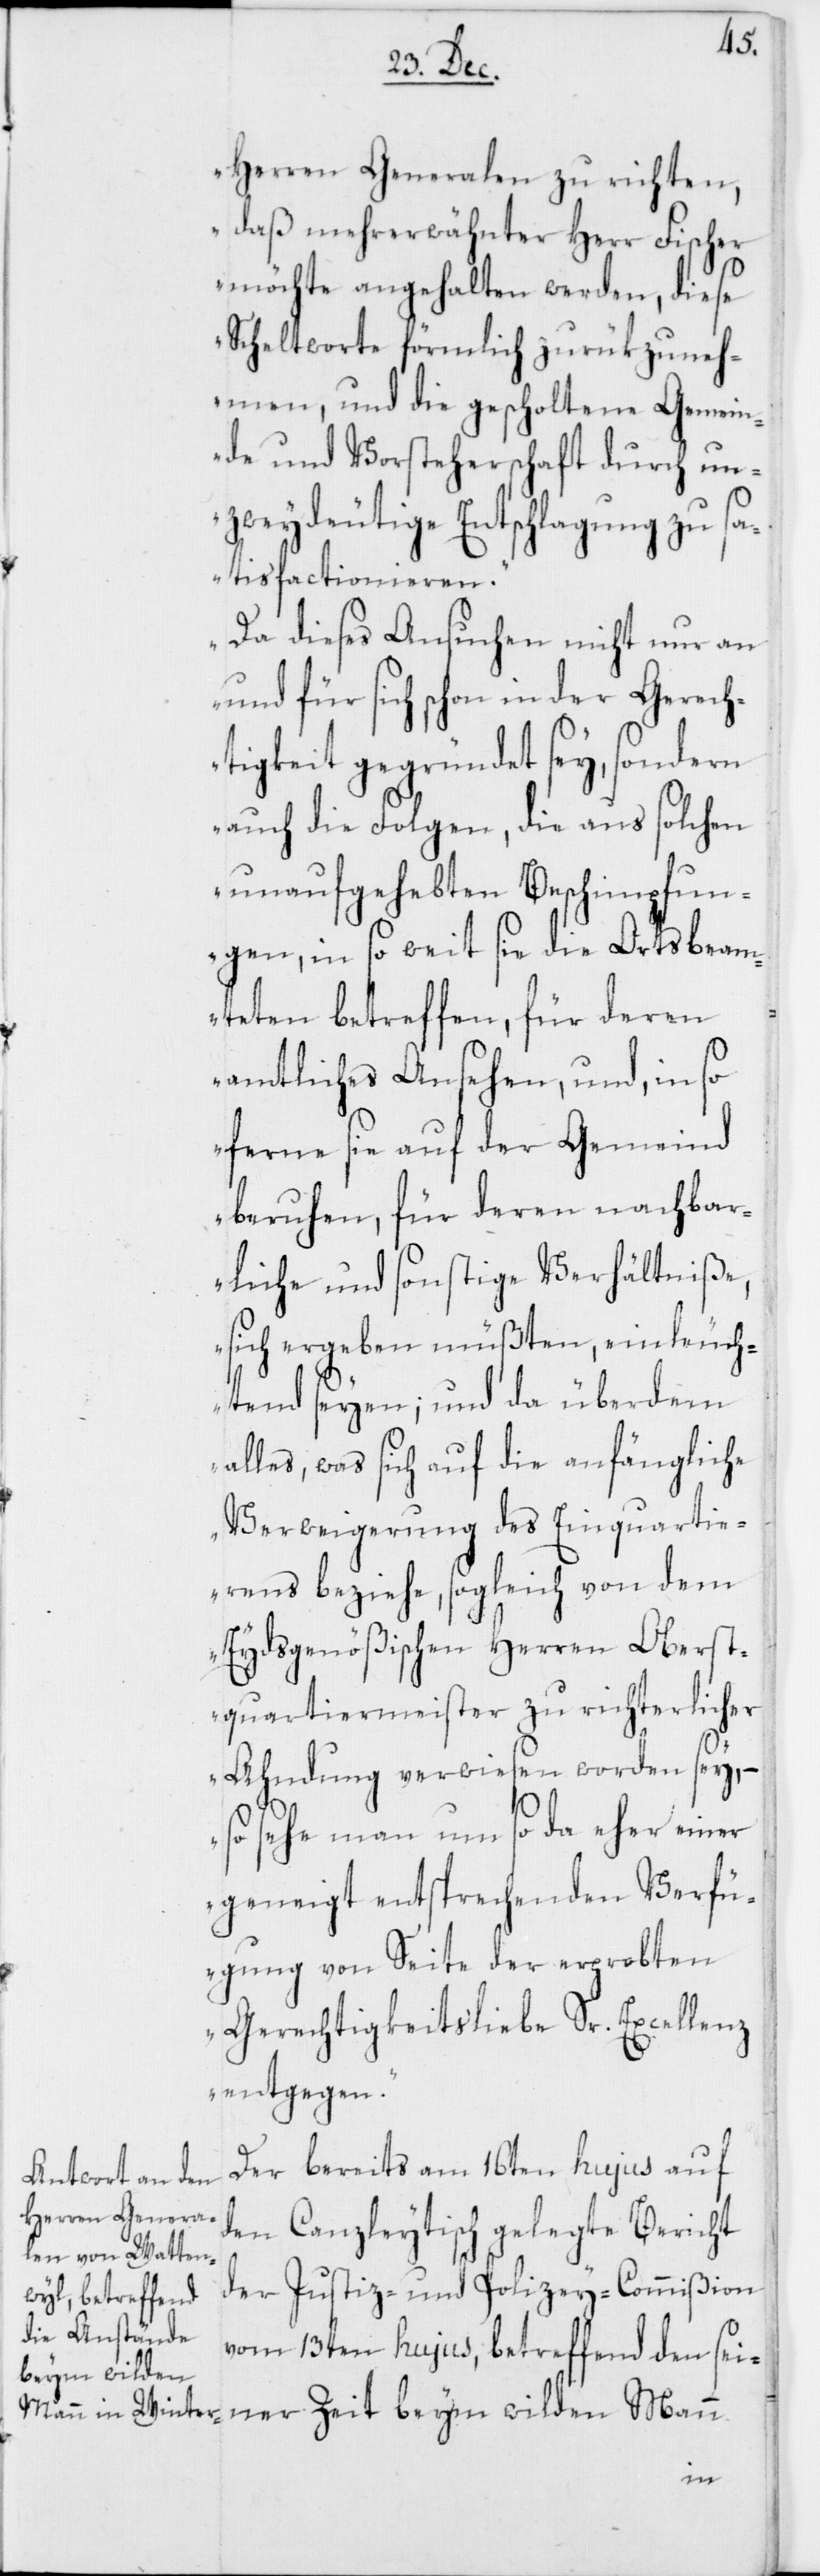
Herren Generalen zu richten,
daß mehrerwähnter Herr Fischer
möchte angehalten werden, diese
Scheltworte förmlich zurükzuneh¬
men, und die gescholtene Gemein¬
de und Vorsteherschaft durch un¬
zweydeutige Entschlagung zu sa¬
tisfactionieren.
Da dieses Ansuchen nicht nur an
und für sich schon in der Gerech¬
tigkeit gegründet sey, sondern
auch die Folgen, die aus solchen
unaufgehebten Beschimpfun¬
gen, in so weit sie die Ortsbeam¬
teten betreffen, für deren
amtliches Ansehen, und, in so
ferne sie auf der Gemeind
beruhen, für deren nachbar¬
liche und sonstige Verhältniße,
sich ergeben müßten, einleuch¬
tend seyen; und da überdem
alles, was sich auf die anfängliche
Verweigerung des Einquartie¬
rens beziehe, sogleich von dem
Eydsgenößischen Herren Oberst¬
quartiermeister zu richterlicher
Ahndung verwiesen worden sey, –
so sehe man um so da eher einer
geneigt entsprechenden Verfü¬
gung von Seite der erprobten
Gerechtigkeitsliebe Sr. Excellenz
entgegen.“
Der bereits am 16ten hujus auf
den Canzleytisch gelegte Bericht
der Justiz- und Polizey-Commißion
vom 13ten hujus, betreffend den sei¬
beym wilden
Mann